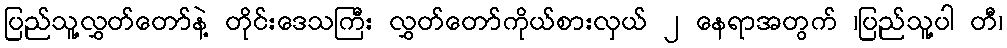
ပြည်သူ့လွှတ်တော်နဲ့ တိုင်းဒေသကြီး လွှတ်တော်ကိုယ်စားလှယ် ၂ နေရာအတွက် ၊ပြည်သူ့ပါ တီ၊